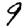
Digit: 9